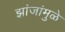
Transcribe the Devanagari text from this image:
झांजांमुळे